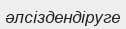
әлсіздендіруге